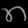
Digit: ၈